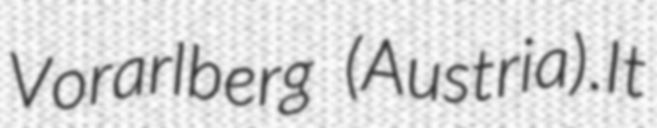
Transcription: Vorarlberg (Austria).It